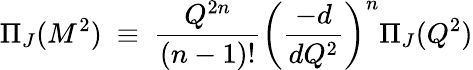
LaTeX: \Pi_{J}(M^{2})~\equiv~{\frac{Q^{2n}}{(n-1)!}}\left({\frac{-d}{dQ^{2}}}\right)^{n}\Pi_{J}(Q^{2})